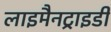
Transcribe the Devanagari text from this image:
लाइमैनट्राइडी